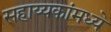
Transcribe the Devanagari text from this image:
सहाय्यकांमध्ये